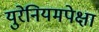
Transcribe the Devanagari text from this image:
युरेनियमपेक्षा